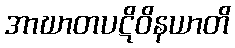
အာဃာတပဋိဝိနယာတိ